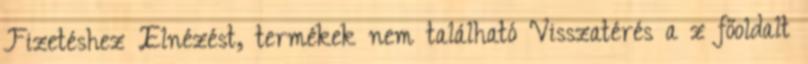
Fizetéshez Elnézést, termékek nem található Visszatérés a z főoldalt